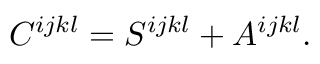
C ^ { i j k l } = S ^ { i j k l } + A ^ { i j k l } .